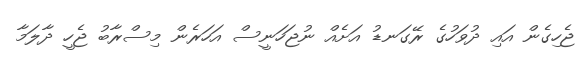
ޖެހިގެން އައި ދުވަހުގެ ރޭގަނޑު އަށެއް ނުޖަހަނީސް އަހަރެން މިސްރާބު ޖެހީ ދާލަމާ